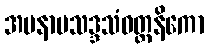
အမနာပသဒ္ဒသံဝတ္တနိကော